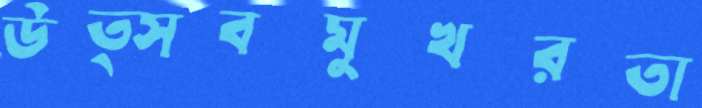
উত্সবমুখরতা